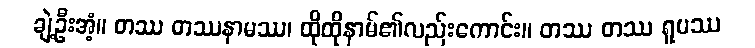
ချဲ့ဦးအံ့။ တဿ တဿနာမဿ၊ ထိုထိုနာမ်၏လည်းကောင်း။ တဿ တဿ ရူပဿ